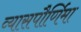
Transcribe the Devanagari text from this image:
व्यासपौर्णिमा